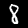
Digit: 8